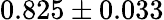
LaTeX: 0.825\pm 0.033